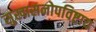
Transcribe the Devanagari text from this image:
सुखासनोपविष्टाय